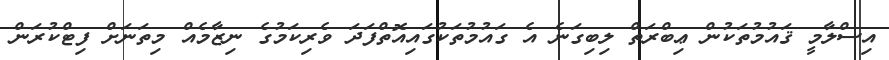
އިސްލާމީ ޤައުމުތަކުން ޢިބްރަތް ލިބިގަނެ އެ ގައުމުތަކުގައިއޮތްފަދަ ވެރިކަމުގެ ނިޒާމެއް މިތަނަށް ފިޓްކުރަން